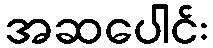
အဆပေါင်း